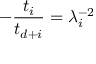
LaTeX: - { \frac { t _ { i } } { t _ { d + i } } } = \lambda _ { i } ^ { - 2 }